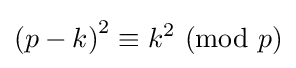
\left(p-k\right)^{2}\equiv k^{2}\ (\mathrm {mod} \ p)